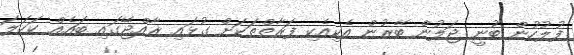
ފުލުހުން ބުނީ ޖަލުން ބޭރުން އެކިއެކި ފަރާތްތަކަށް ގުޅައި ރާއްޖޭގައި ބައެއް ކަހަލަ